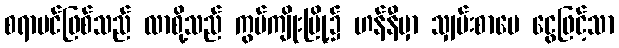
စရာပင်ဖြစ်သည် လာစို့သည် ကွမ်ကျိုးမြို့၌ ဟန်နီမှာ သျှမ်းစာပေ ငွေဖြင့်သာ